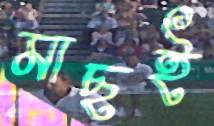
মাছই